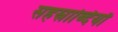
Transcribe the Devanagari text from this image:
सहस्राब्दियाँ